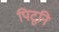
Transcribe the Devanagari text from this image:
पिटूनि